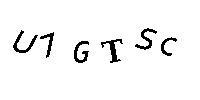
U1GTSC